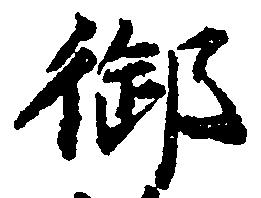
御